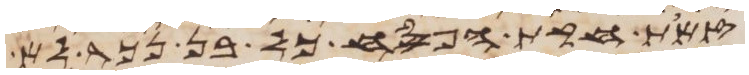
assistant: זאת חקת הפסח כל בן נכר לא